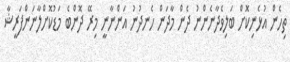
ތިހެން އުޅެނިކޮށް ބަލިވެދާނެންނު ދެން މާދަން ހެނދުނު އަންނާނީ މިރޭ ދޮންބެ މަޑުކޮށްލާނަންފަރީޝާ